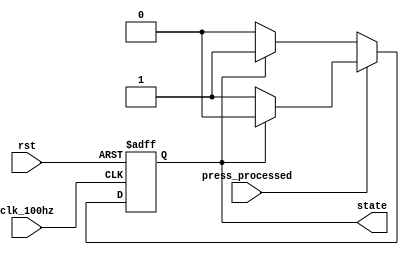
`timescale 1ns / 1ps
//////////////////////////////////////////////////////////////////////////////////
// Company: 
// Engineer: 
// 
// Design Name: 
// Module Name: FSM1
// Project Name: 
// Target Devices: 
// Tool Versions: 
// Description: 
// 
// Dependencies: 
// 
// Revision:
// Revision 0.01 - File Created
// Additional Comments:
// 
//////////////////////////////////////////////////////////////////////////////////
`define pause 1'b0
`define resume 1'b1

module FSM1(press_processed, clk_100hz, rst, state);
    input press_processed, clk_100hz, rst;
    output state;
    
    reg state, state_next;
    
    always @* begin
        case(press_processed)
            1'b0: begin
                if(state == `pause)
                    state_next = `pause;
                else
                    state_next = `resume;
            end
            default: begin
                if(state == `pause)
                    state_next = `resume;
                else
                    state_next = `pause;
            end
        endcase
    end
    
    always @(posedge clk_100hz or negedge rst) begin
        if(~rst)
            state <= `pause;
        else
            state <= state_next;
    end
endmodule